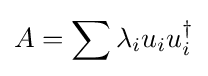
A=\sum \lambda _{i}u_{i}u_{i}^{\dagger }